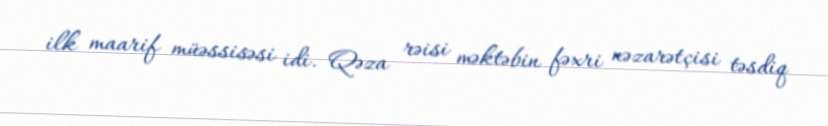
ilk maarif müəssisəsi idi. Qəza rəisi məktəbin fəxri nəzarətçisi təsdiq